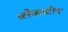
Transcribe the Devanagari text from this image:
ब्लैकस्टीन